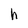
Character: h